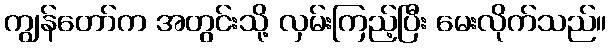
ကျွန်တော်က အတွင်းသို့ လှမ်းကြည့်ပြီး မေးလိုက်သည်။